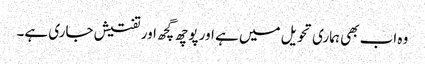
وہ اب بھی ہماری تحویل میں ہے اور پوچھ گچھ اور تفتیش جاری ہے۔